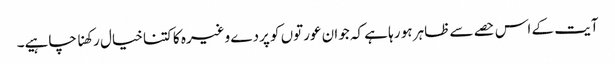
آیت کے اس حصے سے ظاہر ہو رہا ہے کہ جوان عورتوں کو پردے وغیرہ کا کتنا خیال رکھنا چاہیے۔